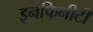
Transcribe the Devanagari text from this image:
इनफिनीटी